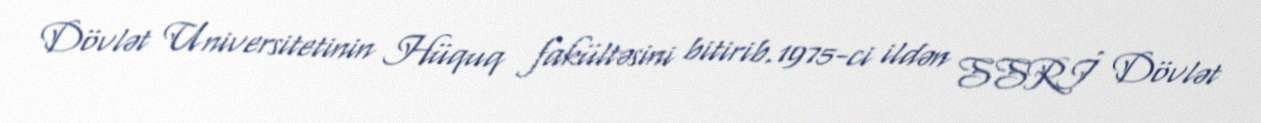
Dövlət Universitetinin Hüquq fakültəsini bitirib.1975-ci ildən SSRİ Dövlət